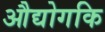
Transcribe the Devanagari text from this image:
औद्योगकि